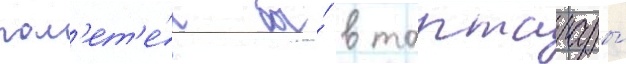
пол'ет'е́л бы́ в тартарары́